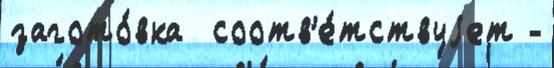
загото́вка  соотв'е́тствуjет -